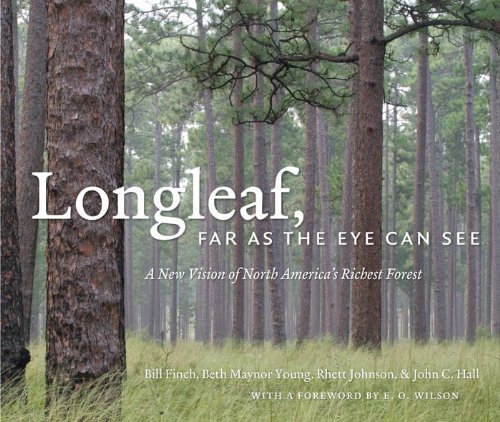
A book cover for Longleaf, Far as the Eye Can See: A New Vision of North America's Richest Forest; Bill Finch; Science & Math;